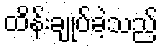
ထိန်းချုပ်ခဲ့သည်